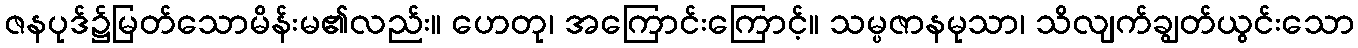
ဇနပုဒ်၌မြတ်သောမိန်းမ၏လည်း။ ဟေတု၊ အကြောင်းကြောင့်။ သမ္ပဇာနမုသာ၊ သိလျက်ချွတ်ယွင်းသော